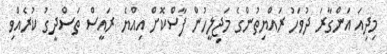
މިދިއަ އަންގާރަ ދުވަހު ރައްޔިތުންގެ މަޖިލީހުން ފާސްކޮށް އިއްޔެ ރައީސް ތަސްދީގު ކުރެއްވި